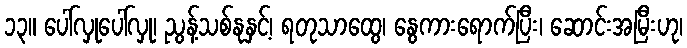
၁၃။ ပေါ်လှုပေါ်လှု၊ ညွန့်သစ်နုနှင့်၊ ရတုသာထွေ၊ နွေကားရောက်ပြီး၊ ဆောင်းအမြီးဟု၊